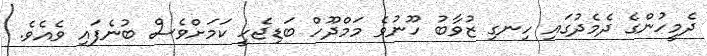
ދެމީހުންގެ ދެމެދުގައި ހިނގި ޒުވާބު ހޫނުވެ މަމްދޫހް ބަޑިޖެހީ ކަމަށްވެސް ބުނެފައި ވެއެވެ.